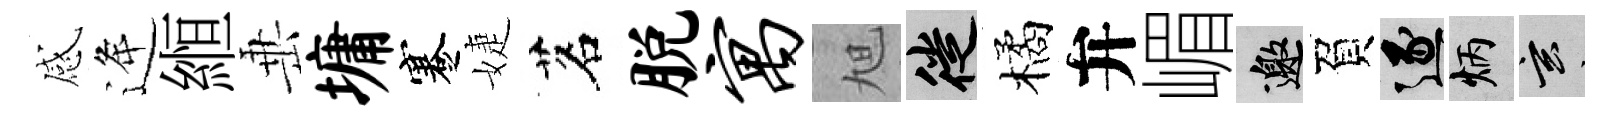
感逄縆𡸁墉蹇婕茗脱寓旭徙橘弁嵋邀負逐炳玄